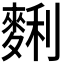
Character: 𪌱